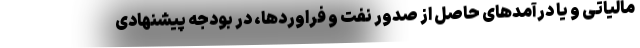
مالیاتی و یا درآمدهای حاصل از صدور نفت و فراوردها، در بودجه پیشنهادی